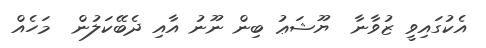
އެކުގައިވީ ޒުވާނާ  ޔޫޝަޢު ބިން ނޫނު އާއި ދެބޭކަލުން  މަހެއް